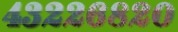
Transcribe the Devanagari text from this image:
४३२२६८२०